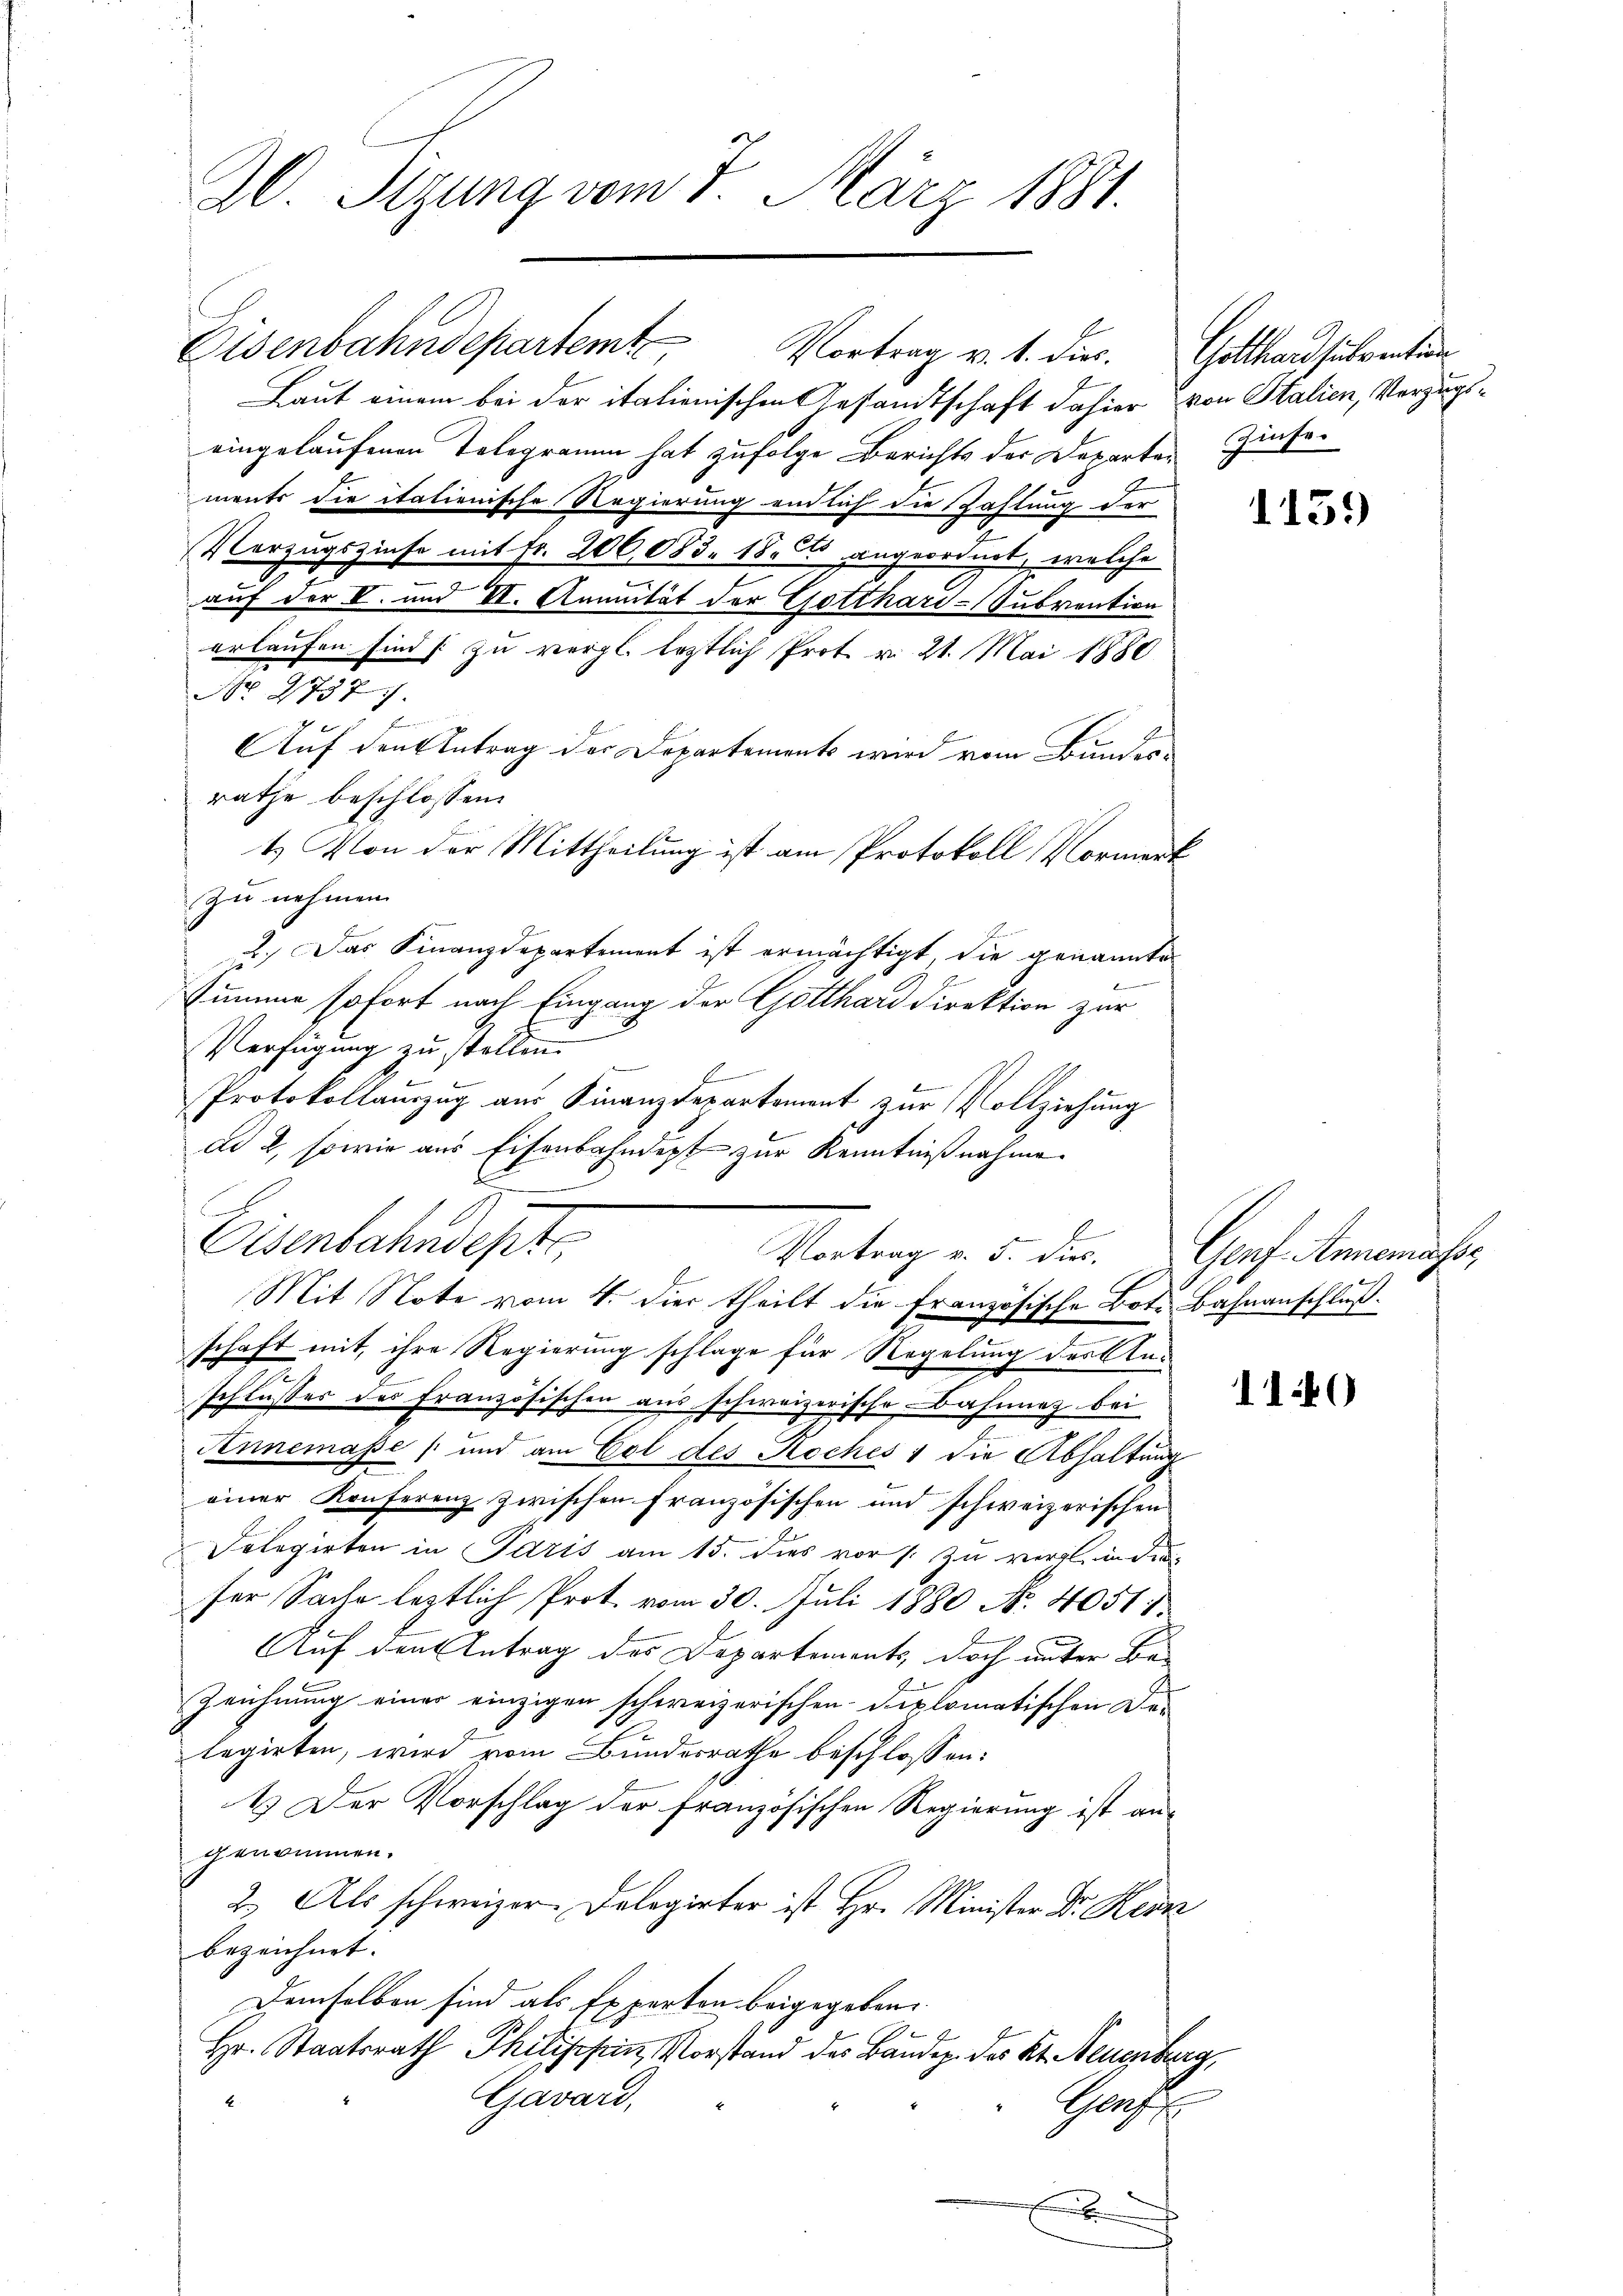
20. Sizung vom 7. März 1881.

Osenbahndeptes

Eisenbahndepartemt Vortrag v. 1. dies. Gotthardsubvention
Laut einem bei der italienischen Gesandtschaft dahier von Stalien, Vorzugseingelaufenen Telegramm hat zufolge Berichts der Departen Zinsements die italienische Regierung endlich die Zahlung der
Vorzugszinse mit Fr. 206,053. 18 angeordnet, welche
auf der V. und VI. Annuität der Gotthard-Subvention
erlaufen sind (zu vergl. Erstlich Prot. v. 21. Mai 1880
Nro 27577.
Auf den Antrag der Departements wird vom Bundes-
rathe beschlossen:
t.) Von der Mittheilung ist am Protokoll Vormerk
zu nehmen |
2.) Das Finanzdepartement ist ermächtigt die genannte
b
Summe sofort nach Eingang der Gotthard Direktion zur
Verfügung zu stellen.
Protokollauszug aus Finanzdepartement zur Vollziehung
C
Mit Note vom 4. Die theilt die Französische Bot. Bahnanschluß.
schaft mit, ihre Regierung schlage für Regelung der Anschlußes des Französischen aus schweizerische Bahnnez bei
Annemasse und am Eol des Koches 1 die Abhaltung
einer Konferenz zwischen französischen und schweizerischen
Folegirten in Paris am 15. dies vor zu vergl. in die
ser Sache letztlich Prot. vom 30. Juli 1880 No. 40511.
Auf den Antrag des Departements, doch unter Be-
Zeichnung einer einzigen schweizerischen Diplomatischen De-
legirten, wird vom Bundesrathe beschlossen:
1. Der Vorschlag der französischen Regierung ist angenrinnen.
2.) Als schweizer Delegirter ist Hr. Minister Dr. Rezn
bezeichnet.
Demselben sind als Experten beigegeben.
Hr. Staatsrath Philischin, Vorstand des Baudep. des Kt. Neuenburg,
Gavard,
Graf

dd 2, sowie aus Eisenbahndept zur Kenntnißnahme.
E
Natrag es der

Genf. Annemasse

115.

110